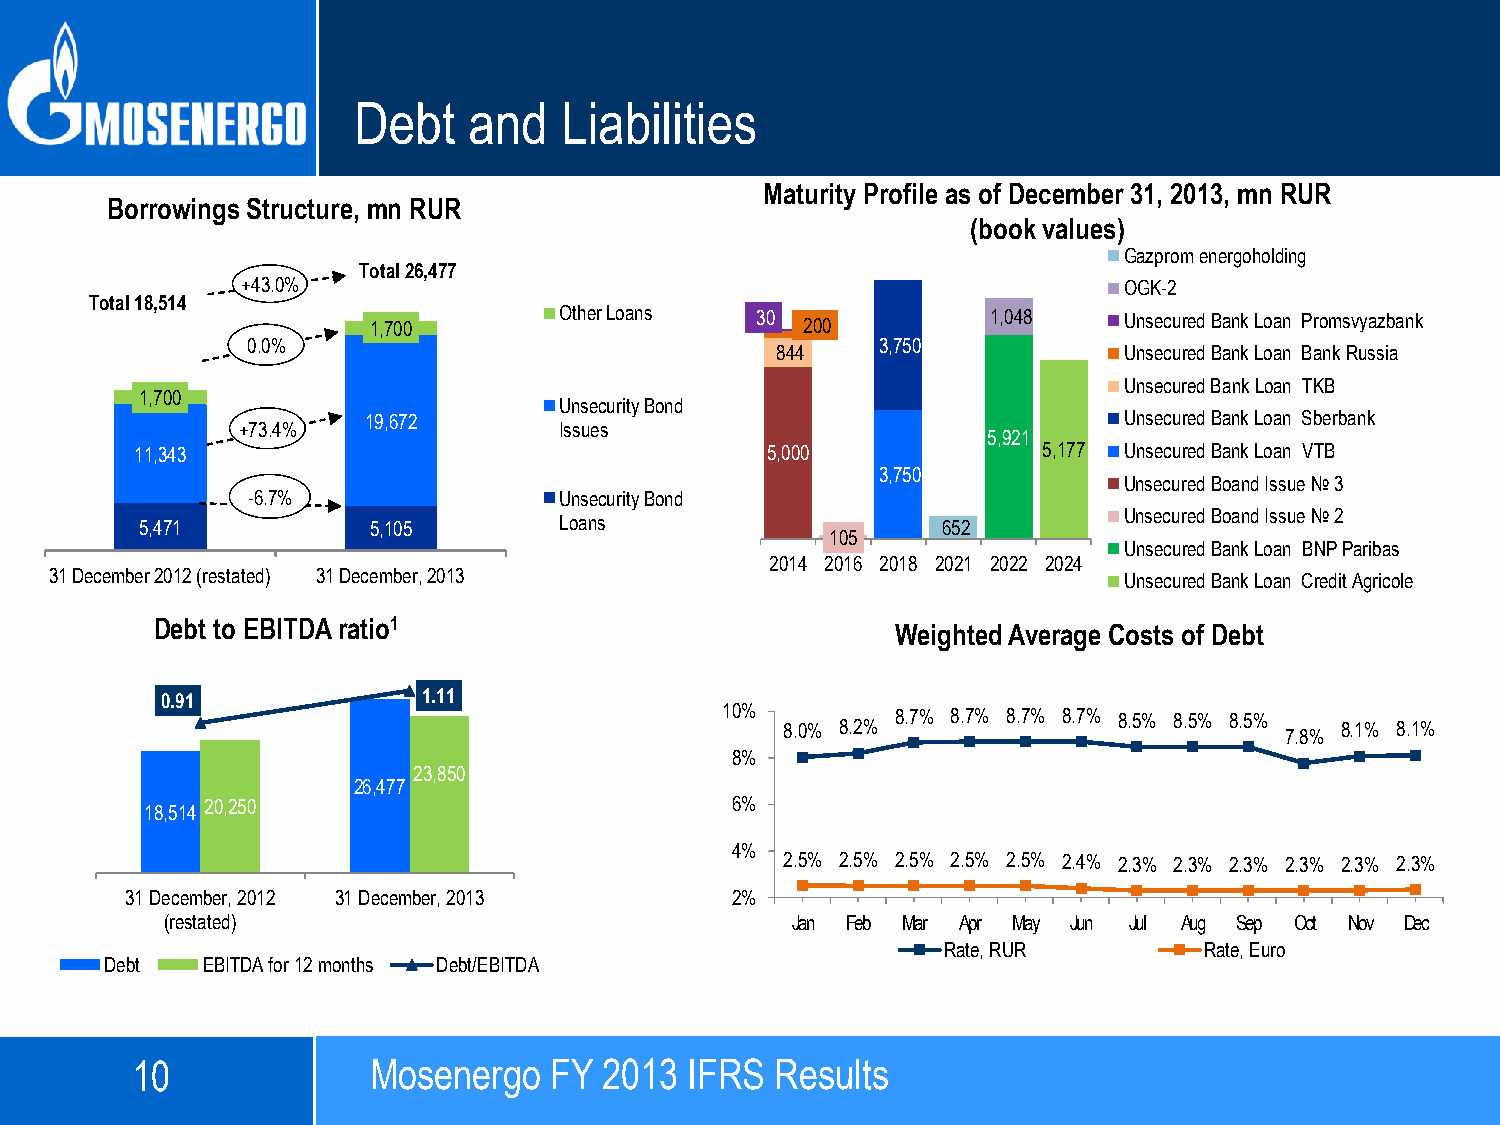
Debt    and   Liabilities
 Maturity Profile as of December 31, 2013, mn RUR
 Borrowings Structure, mn RUR
 (book values)
 Gazprom energoholding
 Total 26,477
 +43 .0%                                                   OGK-2
 Total 18,514
 1,700        Other Loans  30 200          1,048   Unsecured Bank Loan Promsvyazbank
 0 .0 %                                    3,750
 844                    Unsecured Bank Loan Bank Russia
 Unsecured Bank Loan TKB
 1,700
 Unsecurity Bond
 19,672                                            Unsecured Bank Loan Sberbank
 +73. 4 %             Issues
 5,921
 11,343                                    5,000             5,177 Unsecured Bank Loan VTB
 3,750
 Unsecured Boand Issue № 3
 - 6 .7 %             Unsecurity Bond
 5,471          5,105        Loans                    652         Unsecured Boand Issue № 2
 105
 Unsecured Bank Loan BNP Paribas
 2014 2016 2018 2021 2022 2024
 31 December 2012 (restated) 31 December, 2013                          Unsecured Bank Loan Credit Agricole
 Debt to EBITDA ratio1                            Weighted Average Costs of Debt
 30,000                           1.20
 0.91             1.11
 25,000                           1.00         10%        8.7% 8.7% 8.7% 8.7% 8.5% 8.5% 8.5%
 20,000                           0.80             8.0% 8.2%                        7.8% 8.1% 8.1%
 8%
 15,000                   23,850  0.60
 26,477
 10,000  18,514 20,250            0.40         6%
 5,000                            0.20
 4%
 2.5% 2.5% 2.5% 2.5% 2.5% 2.4% 2.3% 2.3% 2.3% 2.3% 2.3% 2.3%
 0                             0.00
 31 December, 2012 31 December, 2013     2%
 (restated)                               Jan Feb Mar Apr May Jun Jul Aug Sep Oct Nov Dec
 Rate, RUR         Rate, Euro
 Debt  EBITDA for 12 months Debt/EBITDA
 10             MMoosseenneerrggoo F6YM 22001133 IIFFRRSS RReessuullttss
 December 3, 2012                  OGK-2  9M2012   IFRS  Results